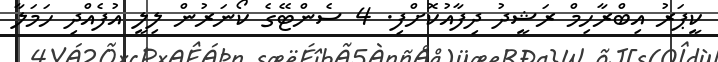
ކީޕަރު އިބްރާހިމް ރަޝީދު ދިފާއުކޮށްފި. 4 ސެންޓޭގެ ކޯނަރުން ލިލީ އުފެއްދި ހަމަލާ